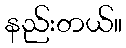
နည်းတယ်။